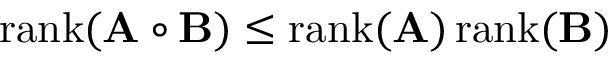
\operatorname { r a n k } ( \mathbf { A } \circ \mathbf { B } ) \leq \operatorname { r a n k } ( \mathbf { A } ) \operatorname { r a n k } ( \mathbf { B } )